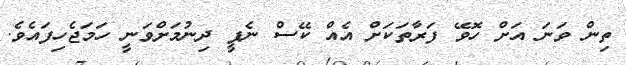
ތިން ވަނަ އަށް ހޮވޭ ފަރާތަކަށް އެއް ކޭސް ނެޕީ ދިނުމަށްވަނީ ހަމަޖެހިފައެވެ.